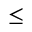
\leq